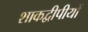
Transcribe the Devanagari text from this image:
शाकद्वीपीयों